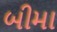
બીમા